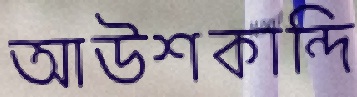
আউশকান্দি